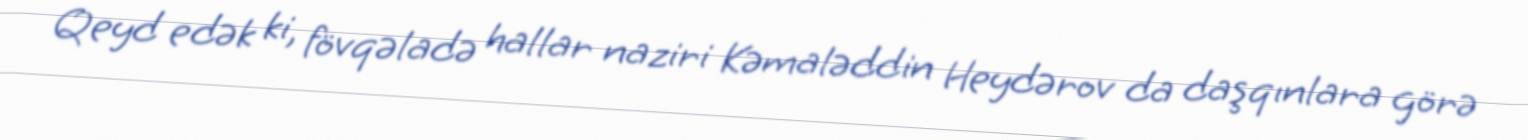
Qeyd edək ki, fövqəladə hallar naziri Kəmaləddin Heydərov da daşqınlara görə